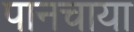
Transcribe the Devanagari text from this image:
पानचाया